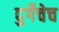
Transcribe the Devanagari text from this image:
दुर्गेचेच